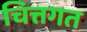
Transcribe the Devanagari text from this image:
चित्तगत